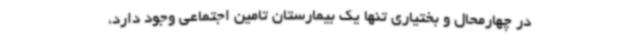
در چهارمحال و بختیاری تنها یک بیمارستان تامین اجتماعی وجود دارد،